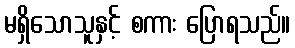
မရှိသောသူနှင့် စကား ပြောရသည်။